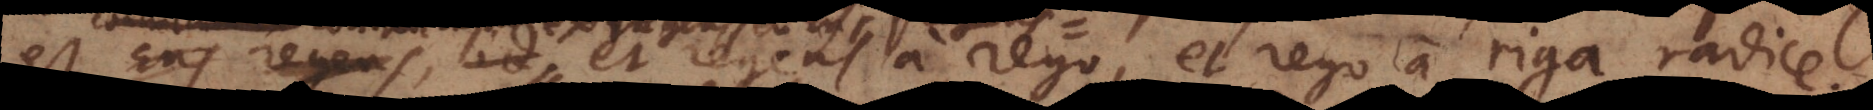
Ens regens id regens a rego, et rego a riga radice;